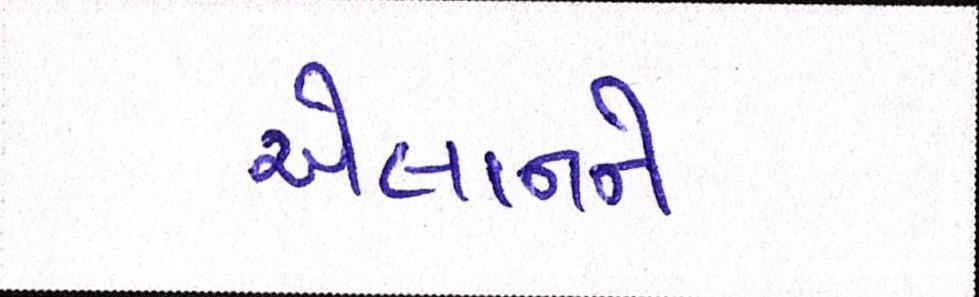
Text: એલાનને